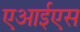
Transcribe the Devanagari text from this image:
एआईएस